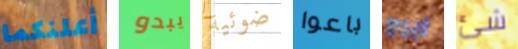
أعلنكما يبدو ضوئية باعوا أبيع شئ